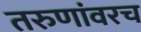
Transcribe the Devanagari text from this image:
तरुणांवरच